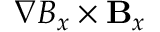
\nabla B _ { x } \times { \bf B } _ { x }